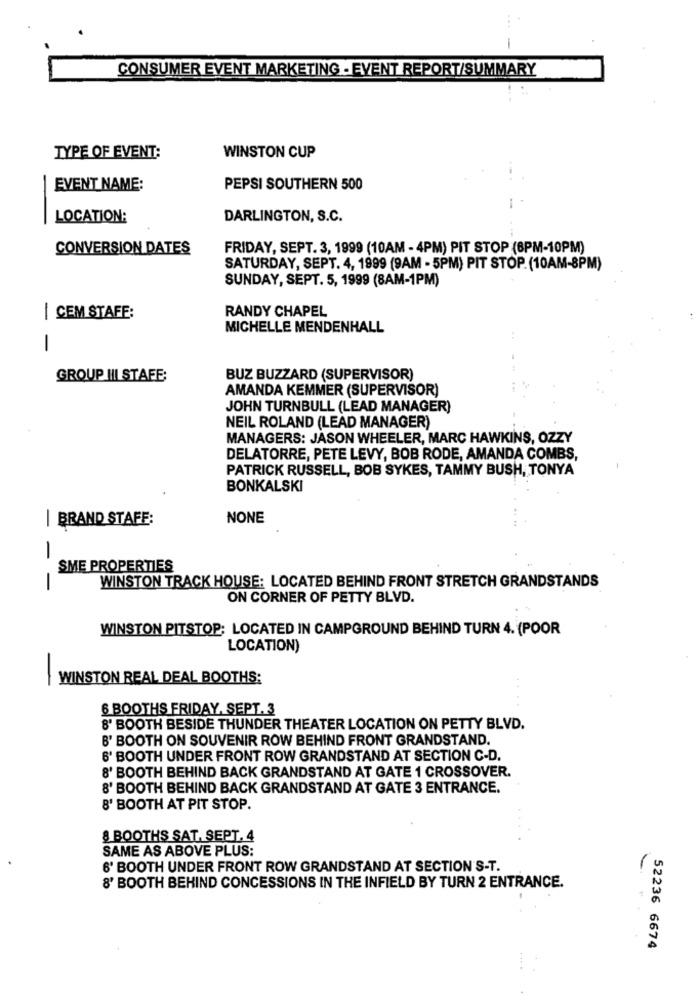
CONSUMER EVENT MARKETING - EVENT REPORT/SUMMARY
TYPE OF EVENT:
WINSTON CUP
EVENT NAME:
PEPSI SOUTHERN 500
LOCATION:
DARLINGTON, S.C.
CONVERSION DATES
FRIDAY, SEPT. 3, 1999 (10AM - 4PM) PIT STOP (6PM-10PM)
SATURDAY, SEPT. 4, 1999 (9AM - 5PM) PIT STOP. (10AM-8PM)
SUNDAY, SEPT. 5, 1999 (8AM-1PM)
RANDY CHAPEL
/ CEM STAFE:
MICHELLE MENDENHALL
-
GROUP III STAFE;
BUZ BUZZARD (SUPERVISOR)
AMANDA KEMMER (SUPERVISOR)
JOHN TURNBULL (LEAD MANAGER)
NEIL ROLAND (LEAD MANAGER)
MANAGERS: JASON WHEELER, MARC HAWKINS, OZZY
DELATORRE, PETE LEVY, BOB RODE, AMANDA COMBS,
PATRICK RUSSELL, BOB SYKES, TAMMY BUSH, TONYA
-
BONKALSKI
| BRAND STAFF:
NONE
-
SME PROPERTIES
WINSTON TRACK HOUSE: LOCATED BEHIND FRONT STRETCH GRANDSTANDS
-
ON CORNER OF PETTY BLVD.
WINSTON PITSTOP; LOCATED IN CAMPGROUND BEHIND TURN 4. (POOR
LOCATION)
-
WINSTON REAL DEAL BOOTHS:
6 BOOTHS FRIDAY, SEPT. 3
8' BOOTH BESIDE THUNDER THEATER LOCATION ON PETTY BLVD.
B' BOOTH ON SOUVENIR ROW BEHIND FRONT GRANDSTAND.
6' BOOTH UNDER FRONT ROW GRANDSTAND AT SECTION C-D.
8' BOOTH BEHIND BACK GRANDSTAND AT GATE 1 CROSSOVER.
8' BOOTH BEHIND BACK GRANDSTAND AT GATE 3 ENTRANCE.
8' BOOTH AT PIT STOP.
& BOOTHS SAT, SEPT. 4
SAME AS ABOVE PLUS:
6' BOOTH UNDER FRONT ROW GRANDSTAND AT SECTION S-T.
8' BOOTH BEHIND CONCESSIONS IN THE INFIELD BY TURN 2 ENTRANCE.
52236 6674